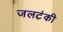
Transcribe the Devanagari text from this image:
जलटंकी